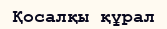
Қосалқы құрал